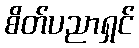
စိတ်ပညာရှင်